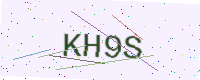
Text: KH9S